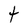
Character: 4